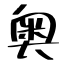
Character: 奥